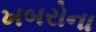
ખબરોના